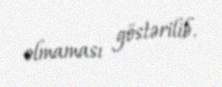
olmaması göstərilib.